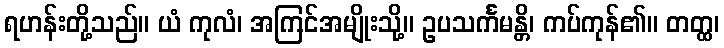
ရဟန်းတို့သည်။ ယံ ကုလံ၊ အကြင်အမျိုးသို့။ ဥပသင်္ကမန္တိ၊ ကပ်ကုန်၏။ တတ္ထ၊